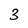
Character: 3